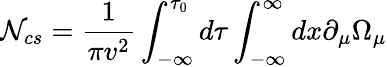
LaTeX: {\cal N}_{cs}=\frac{1}{\pi v^{2}}\int_{-\infty}^{\tau_{0}}d\tau\int_{-\infty}^{\infty}dx\partial_{\mu}\Omega_{\mu}